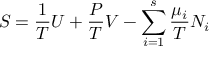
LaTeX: S = { \frac { 1 } { T } } U + { \frac { P } { T } } V - \sum _ { i = 1 } ^ { s } { \frac { \mu _ { i } } { T } } N _ { i }